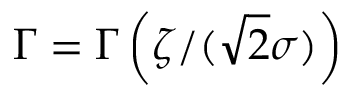
\Gamma = \Gamma \left( \zeta / ( \sqrt { 2 } \sigma ) \right)